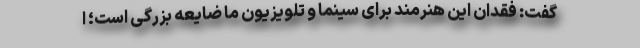
گفت: فقدان این هنرمند برای سینما و تلویزیون ما ضایعه بزرگی است؛ ا